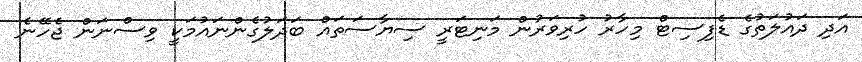
އަދި ދައުލަތުގެ ޑެފިސިޓް މިހާރު ހުރިވަރުން މަނިޓަރީ ސިޔާސަތައް ބަދަލުގެންނައުމަކީ ވިސްނަން ޖެހޭނެ